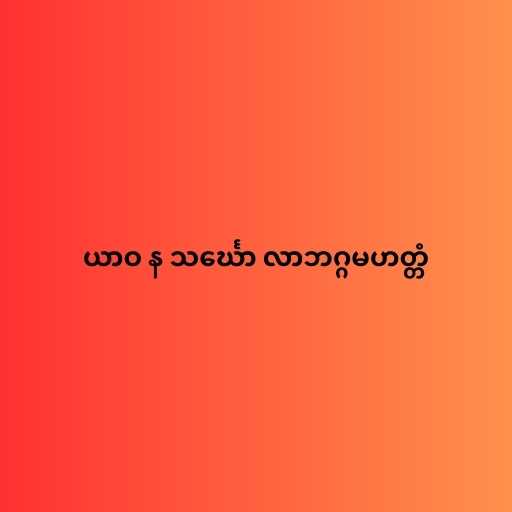
ယာဝ န သင်္ဃော လာဘဂ္ဂမဟတ္တံ